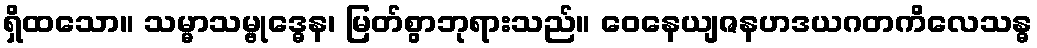
ရှိထသော။ သမ္မာသမ္ဗုဒ္ဓေန၊ မြတ်စွာဘုရားသည်။ ဝေနေယျဇနဟဒယဂတကိလေသန္ဓ